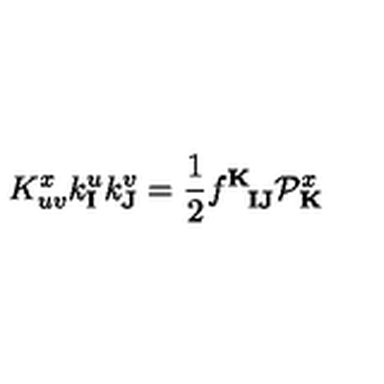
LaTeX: K _ { u v } ^ { x } k _ { \mathbf { I } } ^ { u } k _ { \mathbf { J } } ^ { v } = { \frac { 1 } { 2 } } f _ { \phantom { \mathbf { K } } \mathbf { I } \mathbf { J } } ^ { \mathbf { K } } { \cal P } _ { \mathbf { K } } ^ { x }